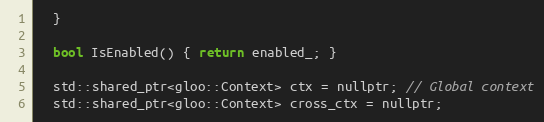
Language: C
  }

  bool IsEnabled() { return enabled_; }

  std::shared_ptr<gloo::Context> ctx = nullptr; // Global context
  std::shared_ptr<gloo::Context> cross_ctx = nullptr;